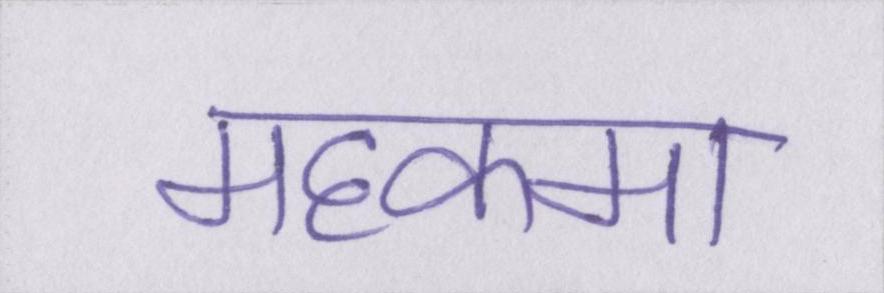
महकमा